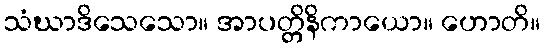
သံဃာဒိသေသော။ အာပတ္တိနိကာယော။ ဟောတိ။